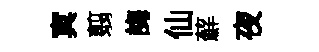
㝠翦誨仙蘚夜